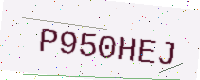
Text: P950HEJ